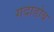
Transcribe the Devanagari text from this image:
गदाडोब